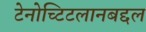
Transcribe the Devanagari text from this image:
टेनोच्टिटलानबद्दल